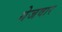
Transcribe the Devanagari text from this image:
गेजवार